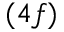
( 4 f )